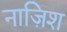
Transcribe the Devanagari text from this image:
नाज़िश